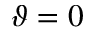
\vartheta = 0